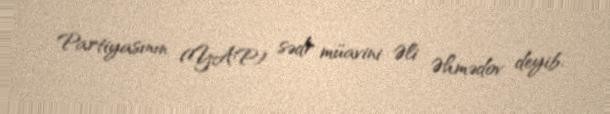
Partiyasının (YAP) sədr müavini Əli Əhmədov deyib.